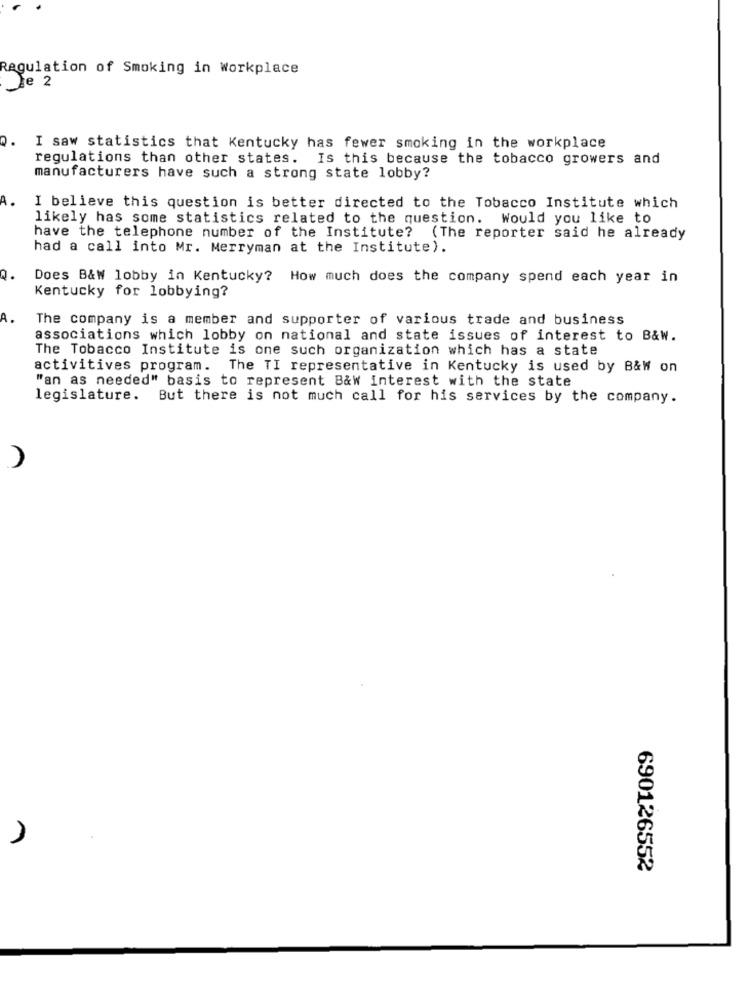
Regulation of Smoking in Workplace
Le 2
Q.
I saw statistics that Kentucky has fewer smoking in the workplace
regulations than other states. Is this because the tobacco growers and
manufacturers have such a strong state lobby?
A.
I believe this question is better directed to the Tobacco Institute which
likely has some statistics related to the question. Would you like to
have the telephone number of the Institute? (The reporter said he already
had a call into Mr. Merryman at the Institute).
Does B&W lobby in Kentucky? How much does the company spend each year in
Kentucky for lobbying?
A.
The company is a member and supporter of various trade and business
associations which lobby on national and state issues of interest to B&w.
The Tobacco Institute is one such organization which has a state
activitives program.
The TI representative in Kentucky is used by B&W on
"an as needed" basis to represent B&w interest with the state
legislature. But there is not much call for his services by the company.
690126552